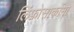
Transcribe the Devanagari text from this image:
लिंफ़ोसार्कोमा